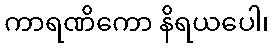
ကာရဏိကော နိရယပေါ၊